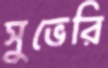
সুভেরি